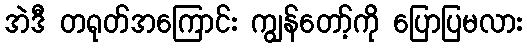
အဲဒီ တရုတ်အကြောင်း ကျွန်တော့်ကို ပြောပြမလား